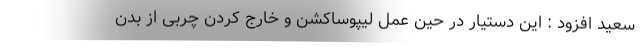
سعید افزود : این دستیار در حین عمل لیپوساکشن و خارج کردن چربی از بدن